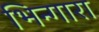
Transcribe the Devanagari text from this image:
भिन्गारा